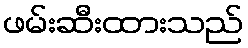
ဖမ်းဆီးထားသည်